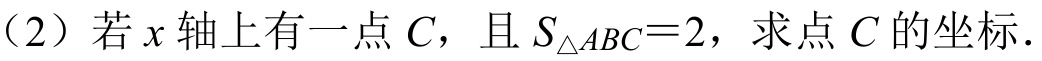
（2）若\(x\)轴上有一点\(C\)，且\(S_{\triangle ABC} = 2\)，求点\(C\)的坐标.